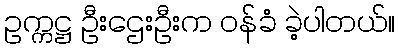
ဥက္ကဋ္ဌ ဦးဌေးဦးက ဝန်ခံ ခဲ့ပါတယ်။